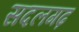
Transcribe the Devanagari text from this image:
सदलगढ़